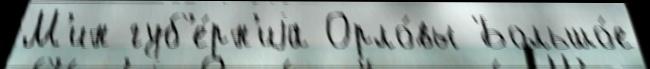
М'ин губ'е́рн'иjа Орло́вы Большо́е